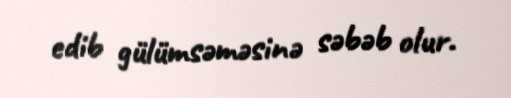
edib gülümsəməsinə səbəb olur.